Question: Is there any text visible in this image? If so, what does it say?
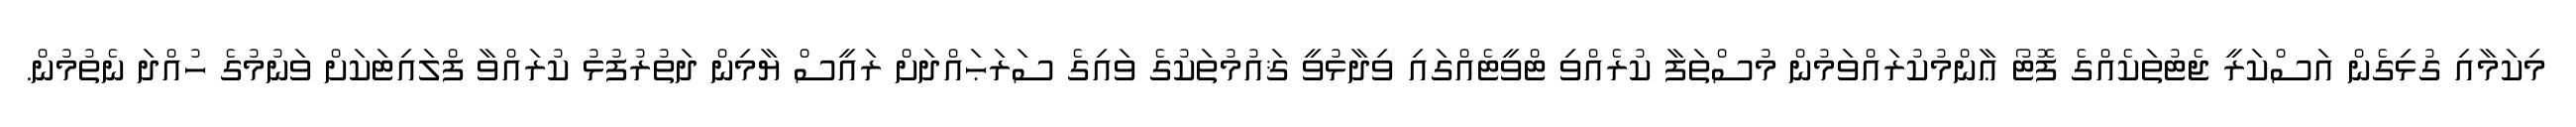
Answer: މިކަމާއި ގުޅިގެން އަސްކަރީ ޖެޓުތަކެއްގެ ފޮޓޯ ޢާންމުކުރައްވަމުން މުސްތަފާ ކުރެއްވި ޓްވީޓެއްގައި ވިދާޅުވީ ޤައުމުތަކުގެ ވައިގެ ސަރަޙައްދަށް ރައީސް ޔާމިން ދަތުރުފުޅު ކުރައްވާ ފްލައިޓަކަށް ވަނުމުގެ ހުއްދަ ނެތުމުން.